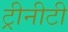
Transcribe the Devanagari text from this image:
ट्रीनीटी